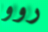
روو